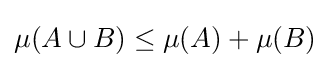
\mu (A\cup B)\leq \mu (A)+\mu (B)